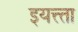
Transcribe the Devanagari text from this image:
इयत्त्ता